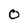
Character: 0